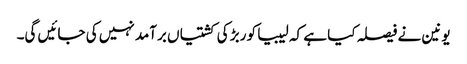
یونین نے فیصلہ کیا ہے کہ لیبیا کو ربڑ کی کشتیاں برآمد نہیں کی جائیں گی۔